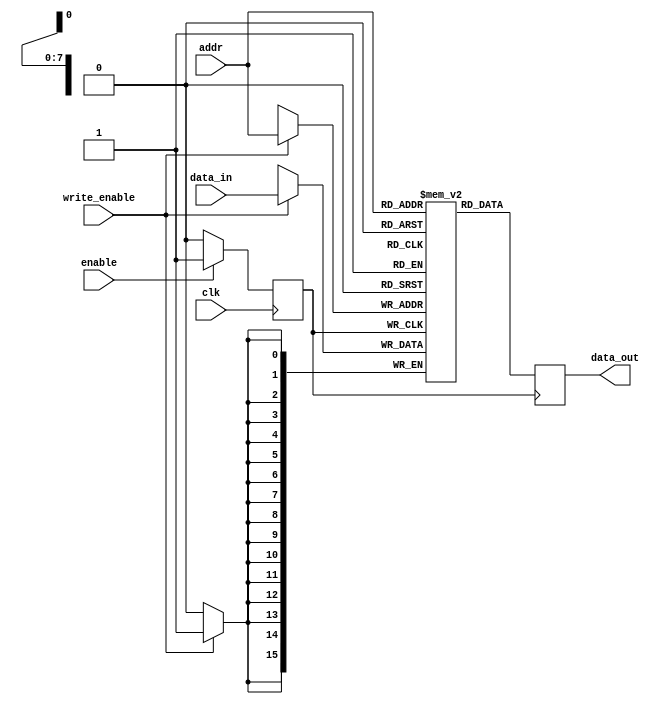
module clock_gated_memory #(
    parameter ADDR_WIDTH = 8, // Address width
    parameter DATA_WIDTH = 16 // Data width
)(
    input wire clk,                // Original clock signal
    input wire enable,             // Enable signal for clock gating
    input wire [ADDR_WIDTH-1:0] addr,  // Memory address
    input wire [DATA_WIDTH-1:0] data_in, // Data input for write operations
    input wire write_enable,       // Write enable signal
    output reg [DATA_WIDTH-1:0] data_out // Data output for read operations
);

    // Memory array
    reg [DATA_WIDTH-1:0] memory [(2**ADDR_WIDTH)-1:0];

    // Gated clock signal
    wire gated_clk;
    reg gated_clk_reg;

    // Clock gating logic
    always @(posedge clk) begin
        // Gated clock is the original clock if enabled, otherwise hold the previous state
        if (enable) begin
            gated_clk_reg <= 1'b1; // Allow clock to pass through
        end else begin
            gated_clk_reg <= 1'b0; // Disable clock
        end
    end

    // Assign the gated clock signal
    assign gated_clk = gated_clk_reg;

    // Memory operations
    always @(posedge gated_clk) begin
        if (write_enable) begin
            memory[addr] <= data_in; // Write data to memory
        end
        data_out <= memory[addr]; // Read data from memory
    end

endmodule